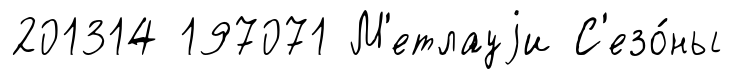
201314 197071 М'етлауjи С'езо́ны